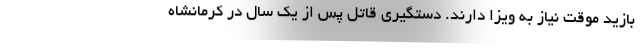
بازید موقت نیاز به ویزا دارند. دستگیری قاتل پس از یک سال در کرمانشاه